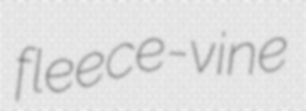
fleece-vine